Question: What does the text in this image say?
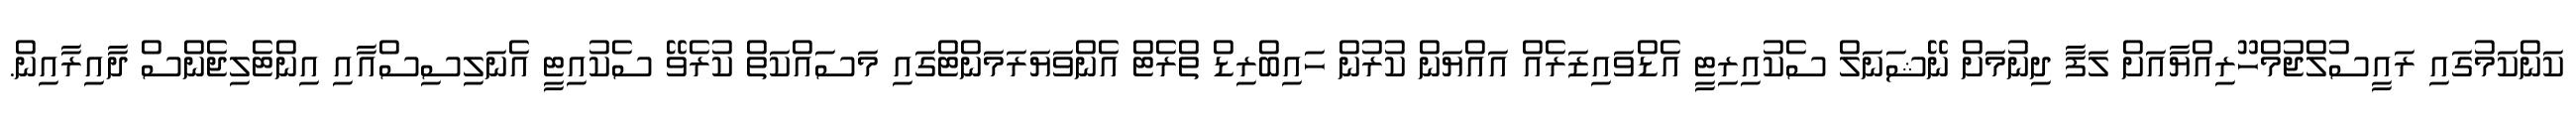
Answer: ކަންކަމުގައި ރައީސުލްޖުމްހޫރިއްޔާއަށް ލަފާ ދިނުމަށް ނޭޝަނަލް ސެކުއިރިޓީ އެޑްވައިޒަރެއް އައްޔަން ކުރުން ހައިބްރިޑް ތްރެޓް އެންވަޔަރަމަންޓްގައި މަސައްކަތް ކުރެވޭ ސެކުއިޓީ އެނަލިސިސްއާއި އިންޓެލިޖެންސް ދާއިރާއިން.